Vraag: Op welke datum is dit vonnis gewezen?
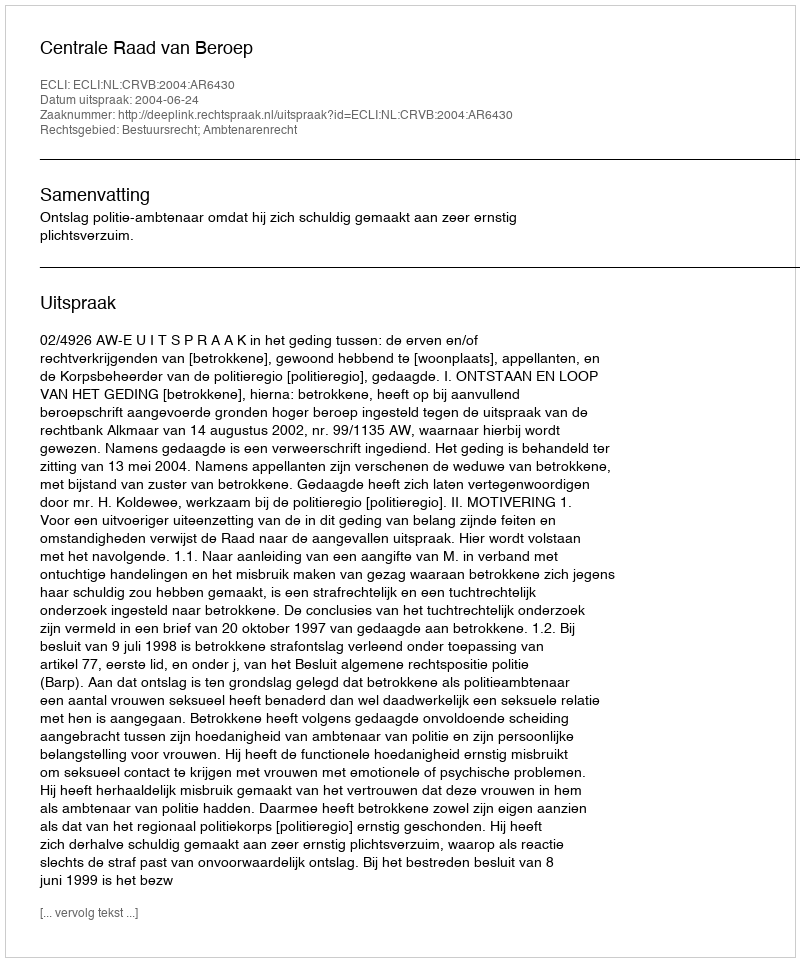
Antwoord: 2004-06-24